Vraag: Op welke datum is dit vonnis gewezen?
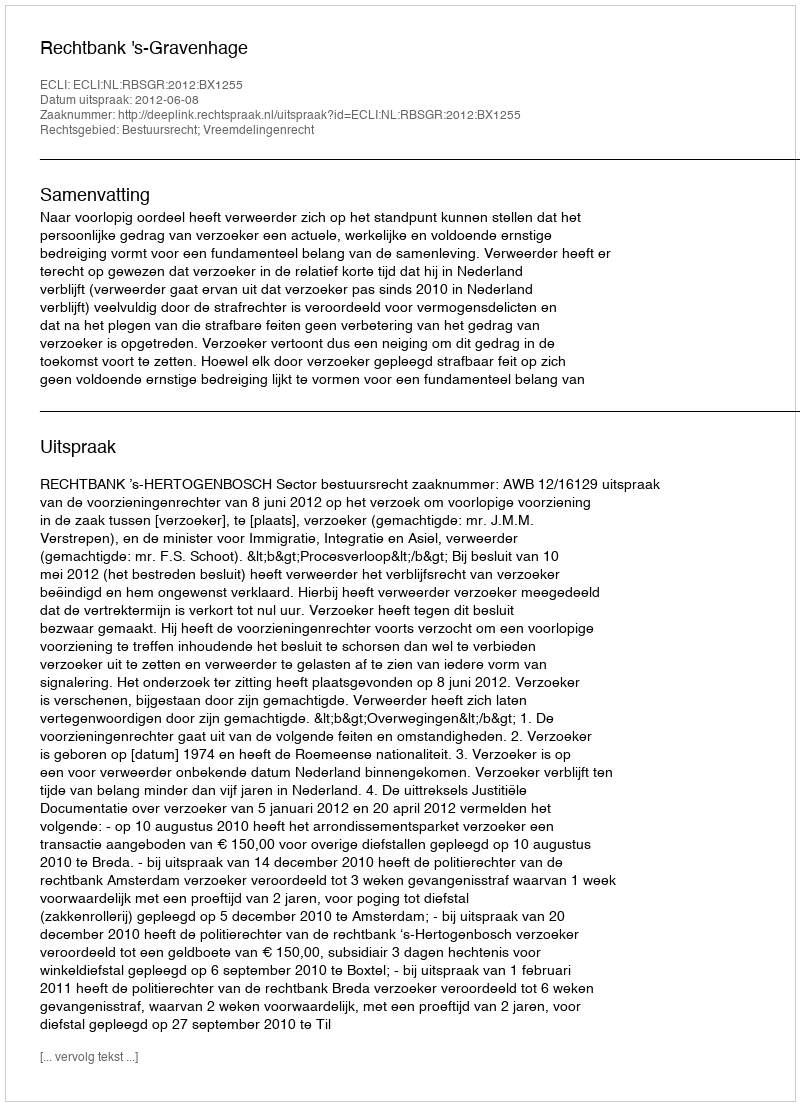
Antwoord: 2012-06-08